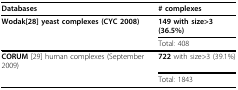
<table><thead><tr><td><b>Databases</b></td><td><b># complexes</b></td></tr></thead><tbody><tr><td><b>Wodak</b>[28] yeast complexes (CYC 2008)</td><td><b>149 </b>with size&gt;3 (36.5%)</td></tr><tr><td></td><td>Total: 408</td></tr><tr><td><b>CORUM </b>[29] human complexes (September 2009)</td><td><b>722 </b>with size&gt;3 (39.1%)</td></tr><tr><td></td><td>Total: 1843</td></tr></tbody></table>